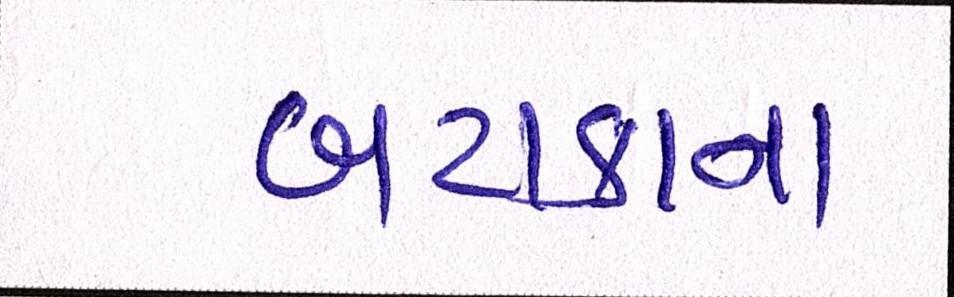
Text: બટાટાના